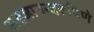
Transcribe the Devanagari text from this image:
सहजानन्दरूपिणे